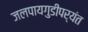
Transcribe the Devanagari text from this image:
जलपायगुडीपर्यंत